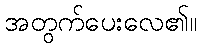
အတွက်ပေးလေ၏။